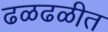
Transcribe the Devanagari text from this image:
ढळढळीत